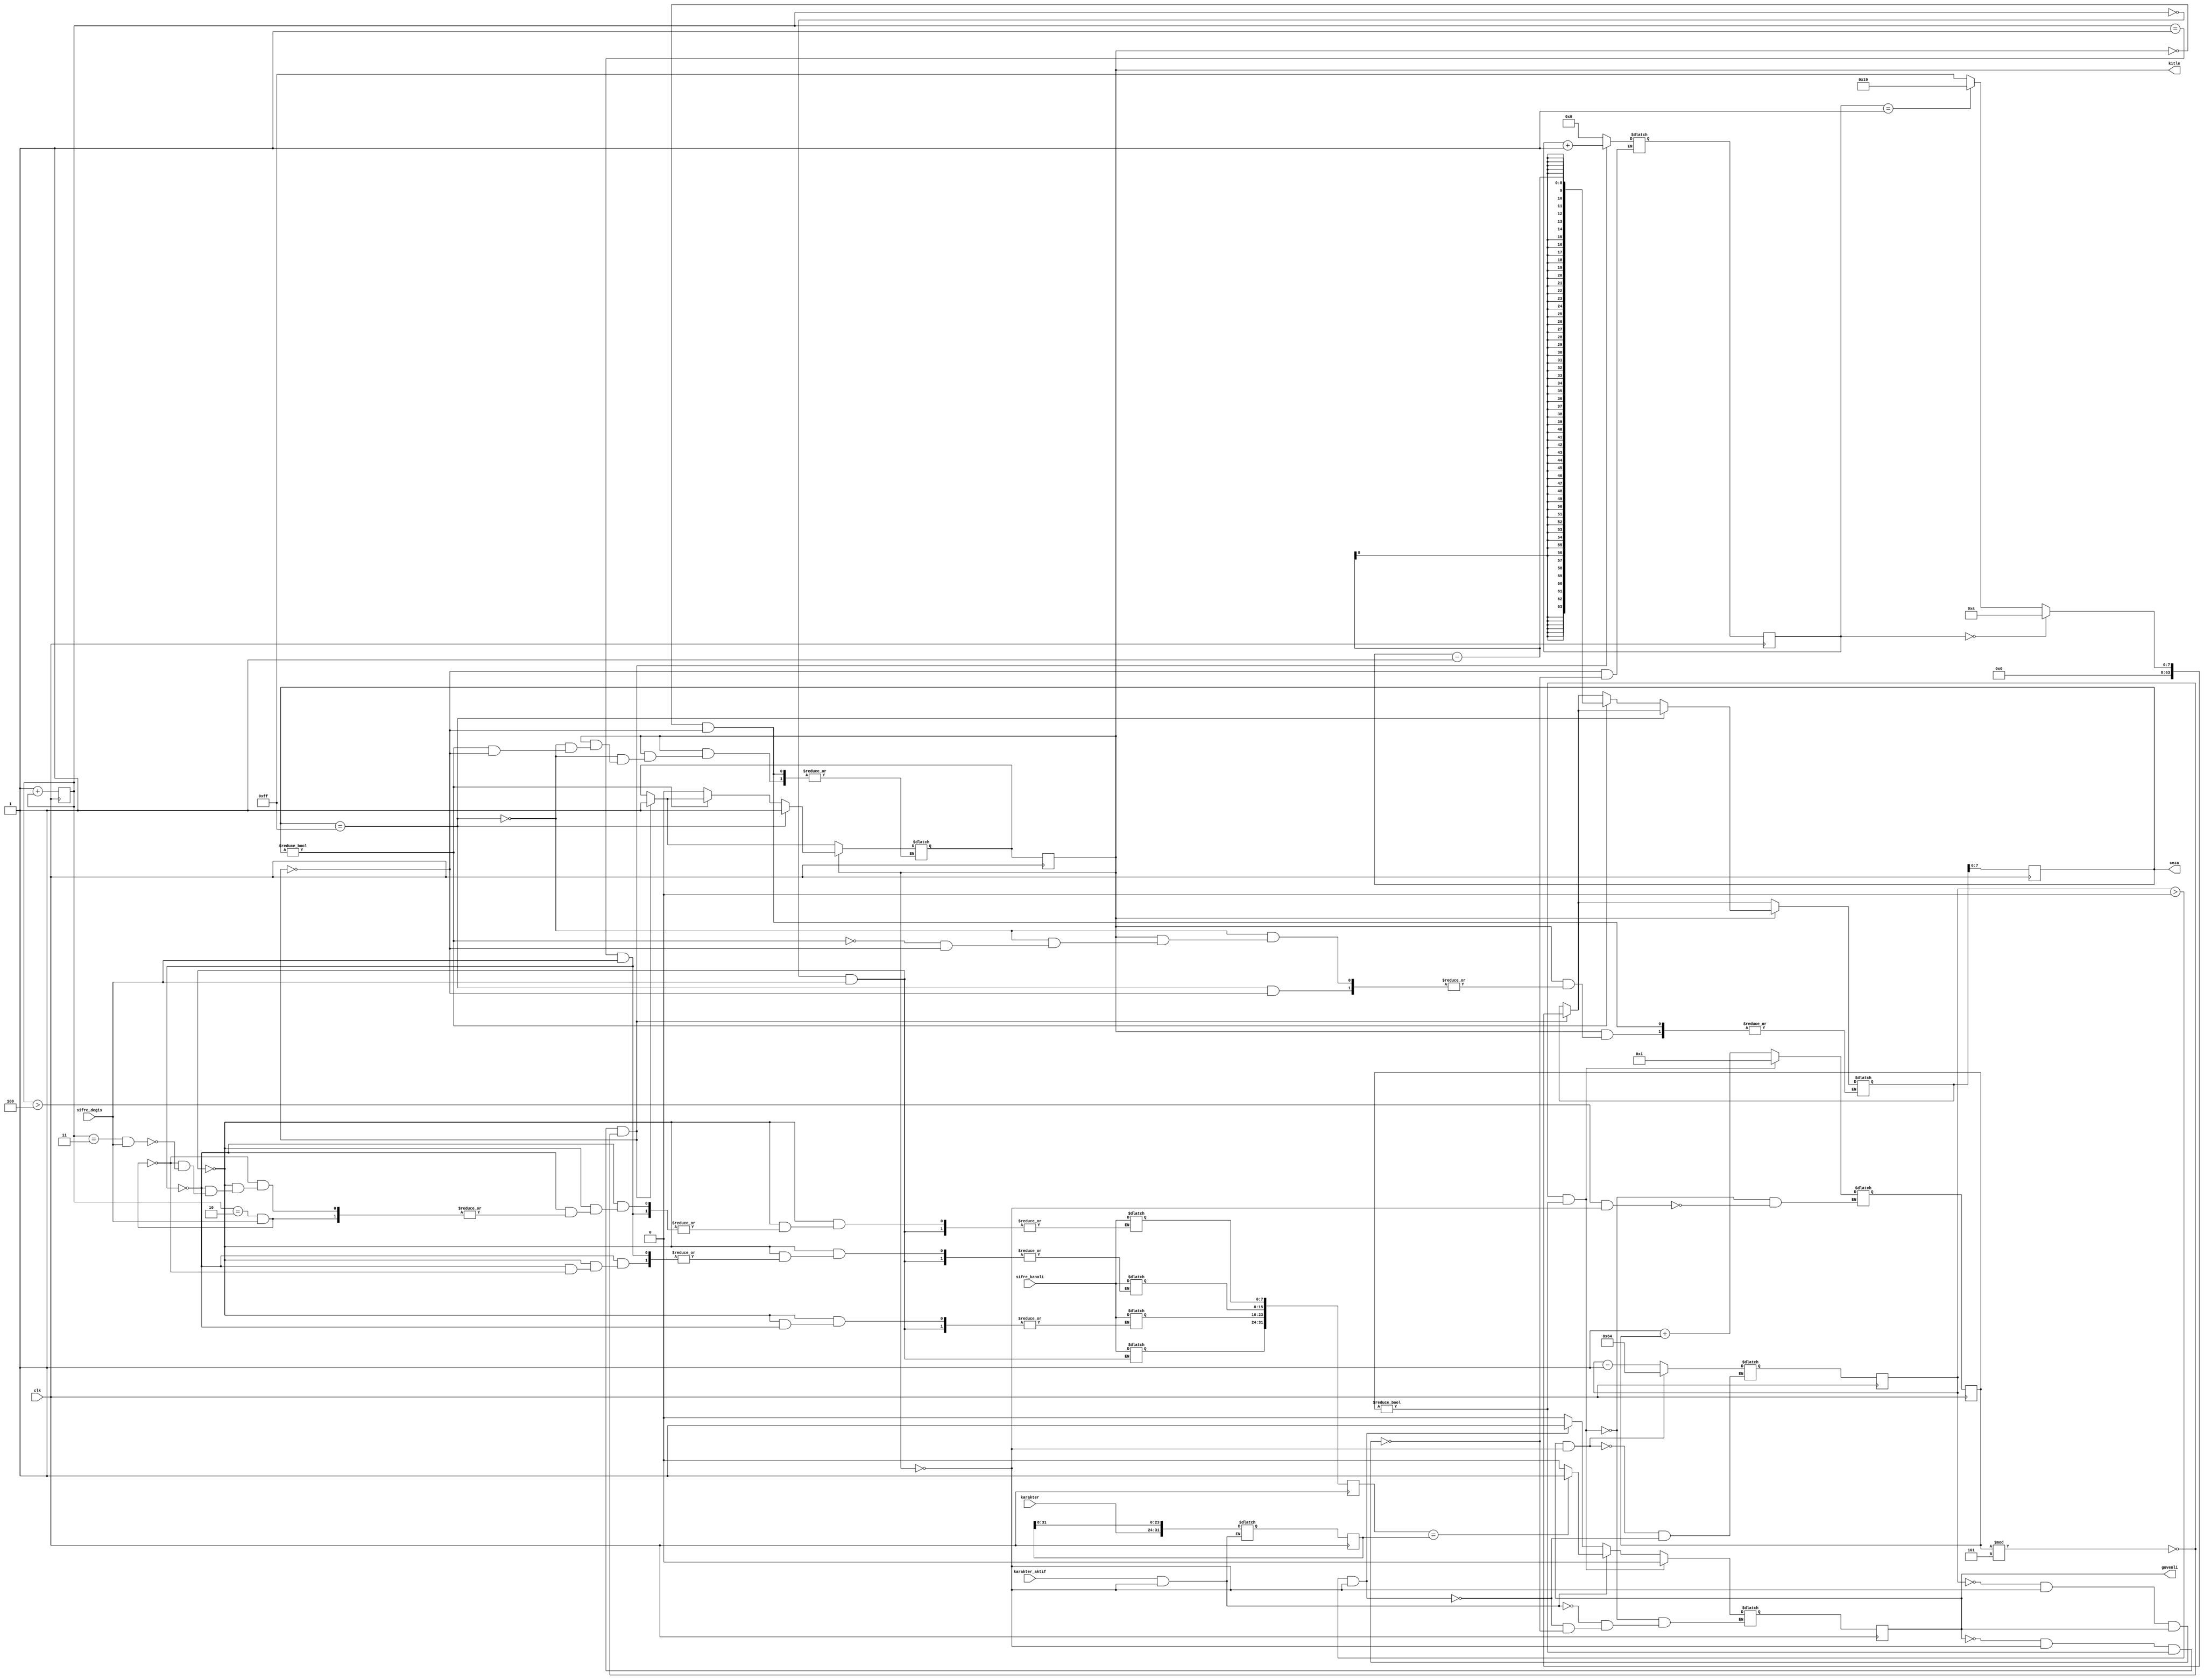
`timescale 1ns / 1ps
//////////////////////////////////////////////////////////////////////////////////
// Company: 
// Engineer: 
// 
// Design Name: 
// Module Name: klavye_dinle
// Project Name: 
// Target Devices: 
// Tool Versions: 
// Description: 
// 
// Dependencies: 
// 
// Revision:
// Revision 0.01 - File Created
// Additional Comments:
// 
//////////////////////////////////////////////////////////////////////////////////


module klavye_dinle(
    input clk,karakter_aktif,sifre_degis,
    input[7:0]karakter,sifre_kanali,
    output reg guvenli,kitle,
    output reg [7:0] ceza

    );
    localparam dinleyici_sayisi = 5; 
    reg guvenli_next, kitle_next;
    reg[63:0] cevrim,cevrim_sifre,cevrim_sifre_next,ceza_next, ceza_sayisi,cevrim_next,ceza_sayisi_next,guvenli_sayisi_next,guvenli_sayisi;
    reg [31:0]sifre, sifre_next, gelen_sifre,gelen_sifre_next; 

    initial begin
        cevrim_sifre = 0;
        cevrim_sifre_next = 0;
        guvenli_next = 0;
        guvenli = 0;
        kitle = 0;
        kitle_next = 0;
        ceza_next = 0;
        ceza = 0;
        cevrim = 0;
        cevrim_next = 0;
        ceza_sayisi = 0;
        ceza_sayisi_next = 0;
        guvenli_sayisi =0;
        gelen_sifre = 0;
        gelen_sifre_next = 0;
        sifre_next = 0;
        guvenli_sayisi_next = 0;
    end
    always@* begin
        cevrim_sifre_next = 1 + cevrim_sifre;
        if(cevrim_sifre == 0  && sifre_degis)
            sifre_next[31-:8] = sifre_kanali;
        else if(cevrim_sifre == 1 && sifre_degis)
            sifre_next[23-:8] = sifre_kanali; 
        else if(cevrim_sifre == 2 && sifre_degis)
            sifre_next[15-:8] = sifre_kanali;
        else if(cevrim_sifre == 3 && sifre_degis)
            sifre_next[7-:8] = sifre_kanali; 
        else begin
            end
    end
    
    always@* begin
    
        if(guvenli_sayisi == 0 && !kitle && guvenli)begin
           guvenli_next = 0;
           ceza_sayisi_next = 0;
           end
        if(guvenli_sayisi > 0 && !kitle)begin
            guvenli_sayisi_next = guvenli_sayisi -1;
            guvenli_next = 1;
        end
    

        if(cevrim_sifre > 4 && !kitle)
            cevrim_next = 1+ cevrim;
         if(karakter_aktif  && !kitle)begin
         gelen_sifre_next = gelen_sifre >> 8;
         gelen_sifre_next[31-:8] = karakter; 
         if(sifre == gelen_sifre)begin
               guvenli_next = 1;
         end
         else
              guvenli_next = 0;
         end
        if(!guvenli && !kitle && cevrim != 0 &&(cevrim % dinleyici_sayisi == 0))begin
            ceza_sayisi_next = ceza_sayisi + 1;
            if(ceza_sayisi == 0)
                ceza_next = 8'd10;
            else if(ceza_sayisi == 1)
                ceza_next = 8'd25;
            else 
                ceza_next = 8'd255;
            kitle_next = 1;      
        end

        if(kitle)begin
            if (ceza == 8'd255)
                kitle_next = 1;
            else if(ceza != 0)
                ceza_next = ceza - 1;
            else
                kitle_next = 0;
       end
       if(guvenli && !kitle)begin
            guvenli_sayisi_next =  100;
       end
        
       if(cevrim % dinleyici_sayisi == 0 && cevrim != 0)begin
            cevrim_next = 1;
            guvenli_next = 0;
       end
           
    end
    
    always@ (posedge clk)begin
     guvenli_sayisi <= guvenli_sayisi_next;
     cevrim <= cevrim_next;
     cevrim_sifre <= cevrim_sifre_next;
     sifre <= sifre_next;
     gelen_sifre <= gelen_sifre_next;
     guvenli<=guvenli_next;
     kitle<=kitle_next;
     ceza<=ceza_next;
     ceza_sayisi <= ceza_sayisi_next;
     
    end
endmodule